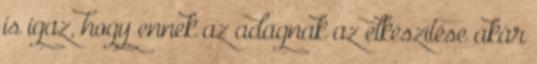
is igaz, hogy ennek az adagnak az elkészítése akár